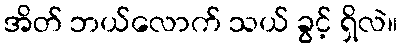
အိတ် ဘယ်လောက် သယ် ခွင့် ရှိလဲ။